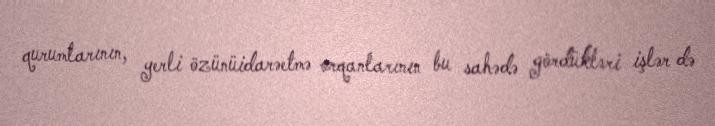
qurumlarının, yerli özünüidarəetmə orqanlarının bu sahədə gördükləri işlər də